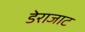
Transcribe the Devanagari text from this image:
डेराजाट